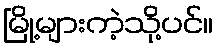
မြို့များကဲ့သို့ပင်။